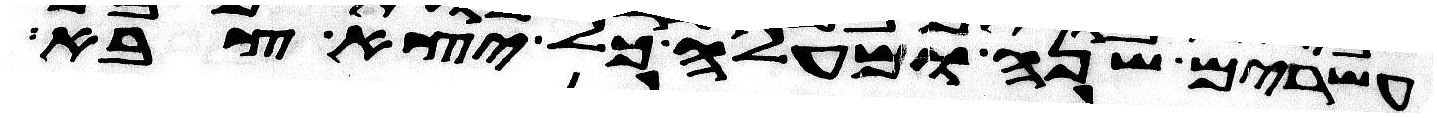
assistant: עשרים שנה ומעלה כל יצא צבא